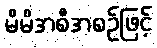
မိမိအစီအစဉ်ဖြင့်